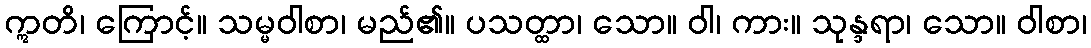
ဣတိ၊ ကြောင့်။ သမ္မဝါစာ၊ မည်၏။ ပသတ္ထာ၊ သော။ ဝါ၊ ကား။ သုန္ဒရာ၊ သော။ ဝါစာ၊